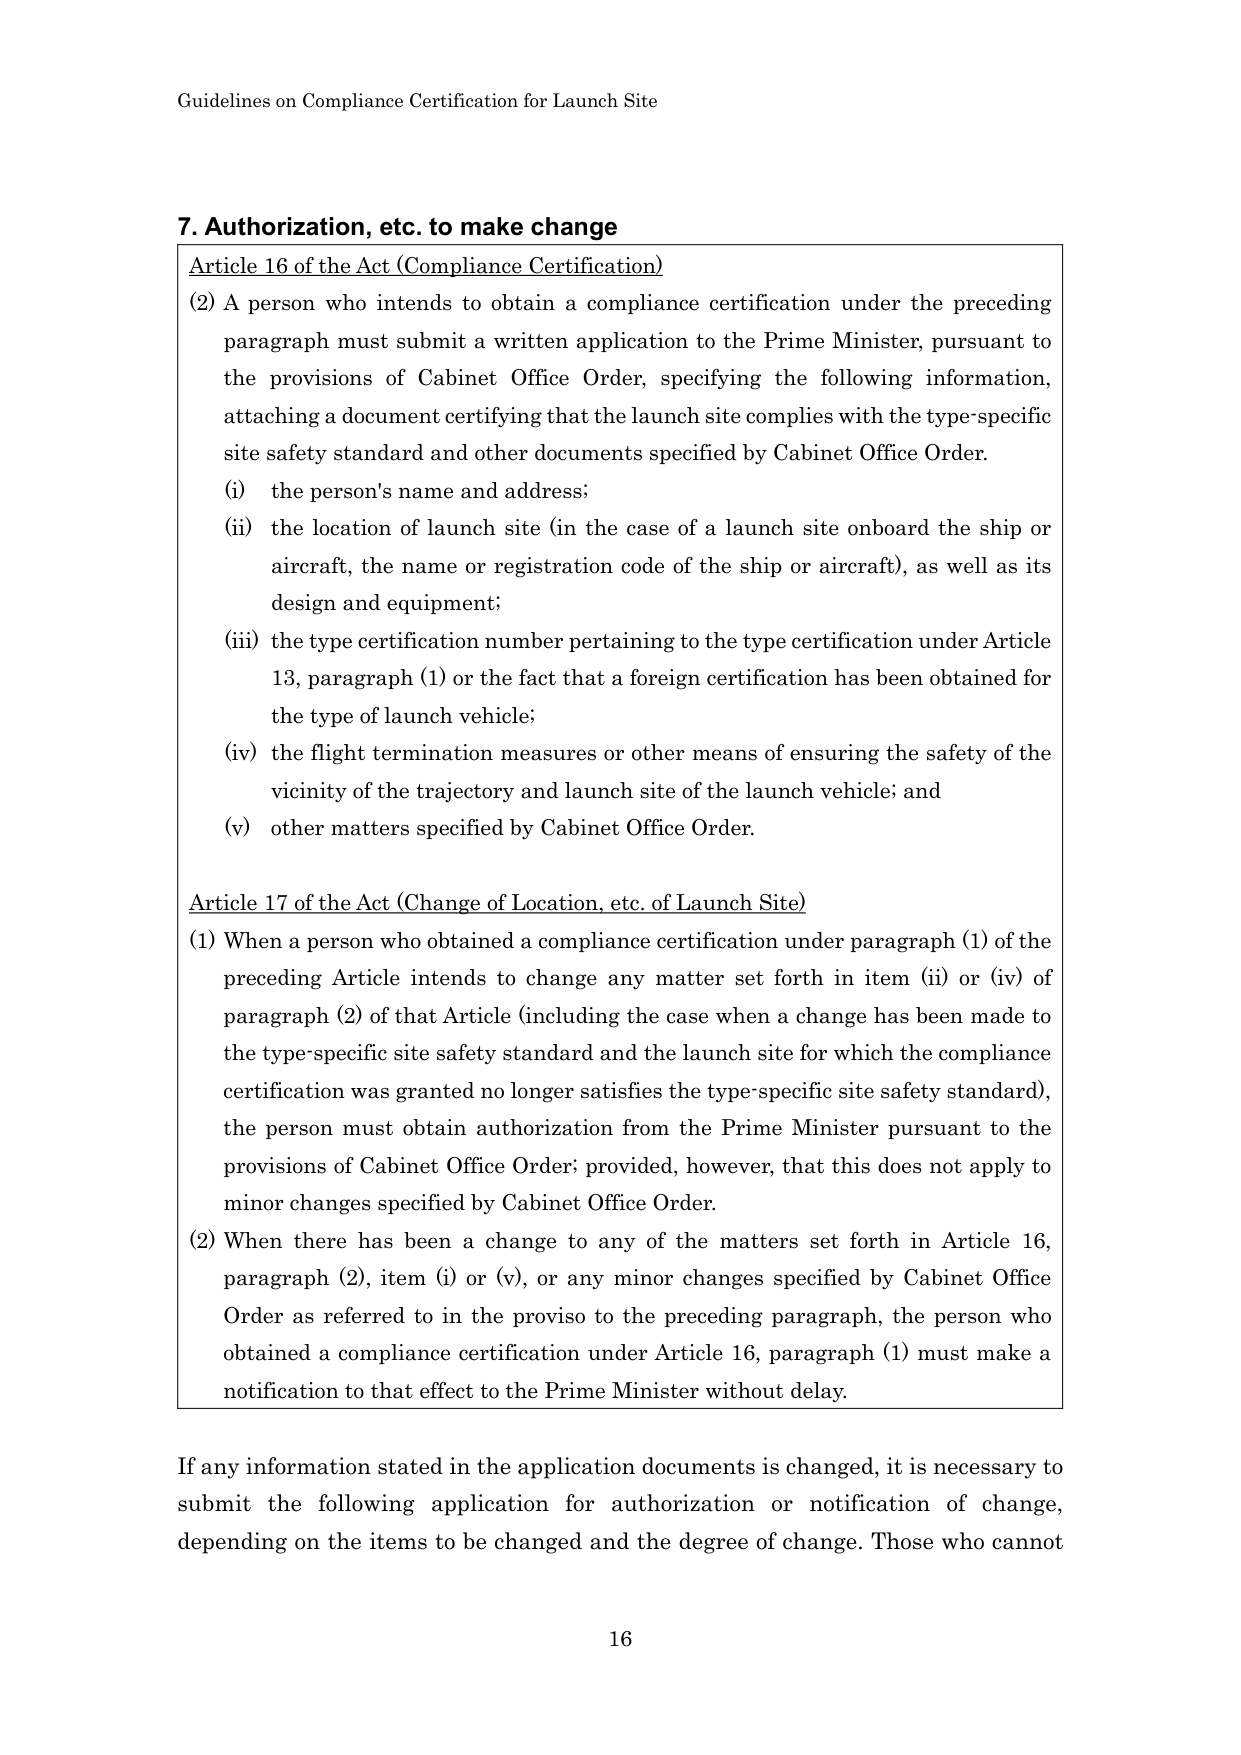
Guidelines on Compliance Certification for Launch Site

7. Authorization, etc. to make change

Article 16 of the Act (Compliance Certification)

(2) A person who intends to obtain a compliance certification under the preceding paragraph must submit a written application to the Prime Minister, pursuant to the provisions of Cabinet Office Order, specifying the following information, attaching a document certifying that the launch site complies with the type-specific site safety standard and other documents specified by Cabinet Office Order.

(i) the person's name and address;

(ii) the location of launch site (in the case of a launch site onboard the ship or aircraft, the name or registration code of the ship or aircraft), as well as its design and equipment;

(iii) the type certification number pertaining to the type certification under Article 13, paragraph (1) or the fact that a foreign certification has been obtained for the type of launch vehicle;

(iv) the flight termination measures or other means of ensuring the safety of the vicinity of the trajectory and launch site of the launch vehicle; and

(v) other matters specified by Cabinet Office Order.

Article 17 of the Act (Change of Location, etc. of Launch Site)

(1) When a person who obtained a compliance certification under paragraph (1) of the preceding Article intends to change any matter set forth in item (ii) or (iv) of paragraph (2) of that Article (including the case when a change has been made to the type-specific site safety standard and the launch site for which the compliance certification was granted no longer satisfies the type-specific site safety standard), the person must obtain authorization from the Prime Minister pursuant to the provisions of Cabinet Office Order; provided, however, that this does not apply to minor changes specified by Cabinet Office Order.

(2) When there has been a change to any of the matters set forth in Article 16, paragraph (2), item (i) or (v), or any minor changes specified by Cabinet Office Order as referred to in the proviso to the preceding paragraph, the person who obtained a compliance certification under Article 16, paragraph (1) must make a notification to that effect to the Prime Minister without delay.

If any information stated in the application documents is changed, it is necessary to submit the following application for authorization or notification of change, depending on the items to be changed and the degree of change. Those who cannot

16